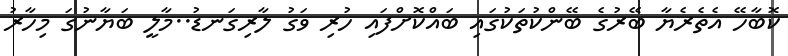
ކޮބާހޭ އެތެރެޔާ ބޭރުގެ ބޭންކުތަކުގައި ބައްކޮށްފައި ހުރި ވަގު ލާރިގަނޑު..މާލީ ބަޔާނުގަ މިހާރު